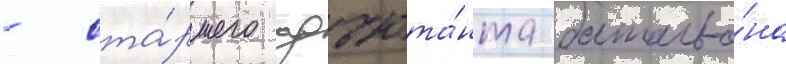
- ста́ршего адъюта́нта батальо́на